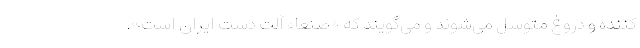
کننده و دروغ متوسل می‌شوند و می‌گویند که «صنعاء آلت دست ایران است».